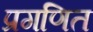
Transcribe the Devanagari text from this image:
प्रगणित